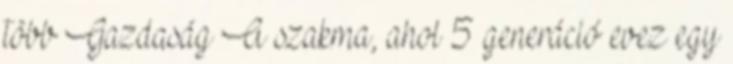
több Gazdaság A szakma, ahol 5 generáció evez egy